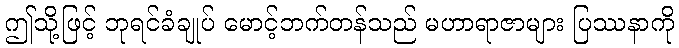
ဤသို့ဖြင့် ဘုရင်ခံချုပ် မောင့်ဘက်တန်သည် မဟာရာဇာများ ပြဿနာကို